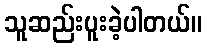
သူဆည်းပူးခဲ့ပါတယ်။